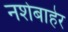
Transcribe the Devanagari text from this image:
नशेबाहेर